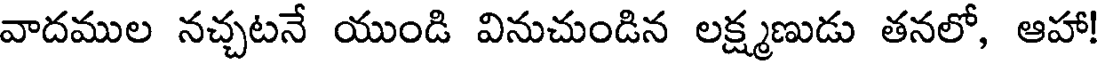
వాదముల నచ్చటనే యుండి వినుచుండిన లక్ష్మణుడు తనలో, ఆహా!